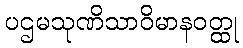
ပဌမသုဏိသာဝိမာနဝတ္ထု